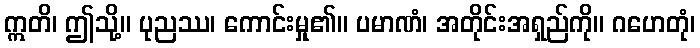
ဣတိ၊ ဤသို့။ ပုညဿ၊ ကောင်းမှု၏။ ပမာဏံ၊ အတိုင်းအရှည်ကို။ ဂဟေတုံ၊